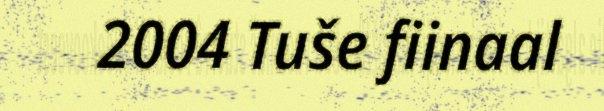
2004 Tuše fiinaal